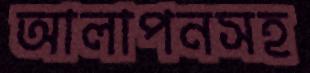
আলাপনসহ